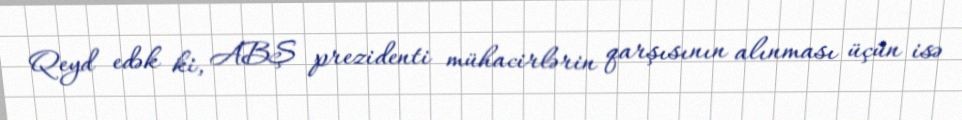
Qeyd edək ki, ABŞ prezidenti mühacirlərin qarşısının alınması üçün isə